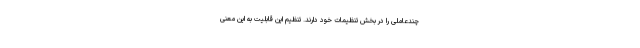
چندعاملی را در بخش تنظیمات خود دارند. تنظیم این قابلیت به این معنی